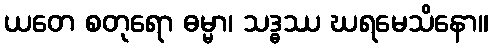
ယတေ စတုရော ဓမ္မာ၊ သဒ္ဓဿ ဃရမေသိနော။